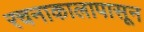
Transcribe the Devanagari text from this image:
रचनाकालापासून